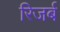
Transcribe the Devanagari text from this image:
रिजर्ब